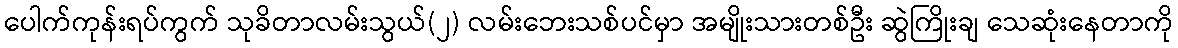
ပေါက်ကုန်းရပ်ကွက် သုခိတာလမ်းသွယ်(၂) လမ်းဘေးသစ်ပင်မှာ အမျိုးသားတစ်ဦး ဆွဲကြိုးချ သေဆုံးနေတာကို